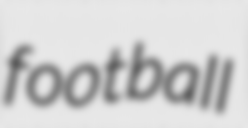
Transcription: football